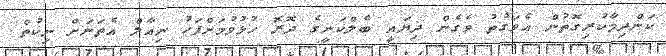
ކަންދިމާކުރިގޮތުން އެވަގުތު ވެގެން ދިޔައީ ބެލްކަނީގެ ދޮރޮ ހުޅުވުމަށްފަހު ނިއާލް އެތަނަށް ނިކުތް